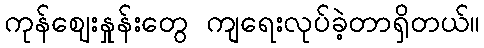
ကုန်ဈေးနှုန်းတွေ ကျရေးလုပ်ခဲ့တာရှိတယ်။